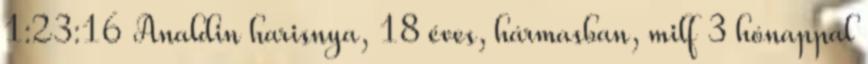
1:23:16 Analdin harisnya, 18 éves, hármasban, milf 3 hónappal